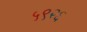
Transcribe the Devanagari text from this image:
५९२६